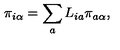
\pi _ { i \alpha } = \sum _ { a } L _ { i a } \pi _ { a \alpha } ,